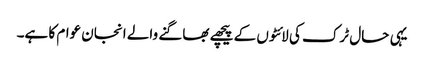
یہی حال ٹرک کی لائٹوں کے پیچھے بھاگنے والے انجان عوام کا ہے۔